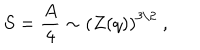
S = { \frac { A } { 4 } } \sim \left( Z ( q ) \right) ^ { 3 / 2 } \ ,